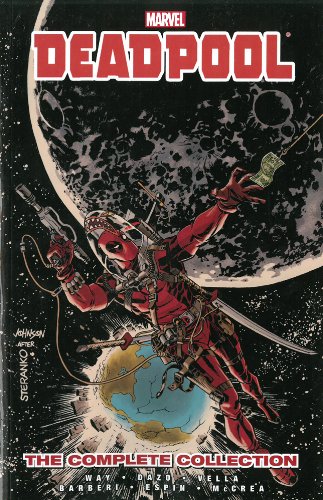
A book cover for Deadpool by Daniel Way: The Complete Collection Volume 3; Daniel Way; Comics & Graphic Novels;